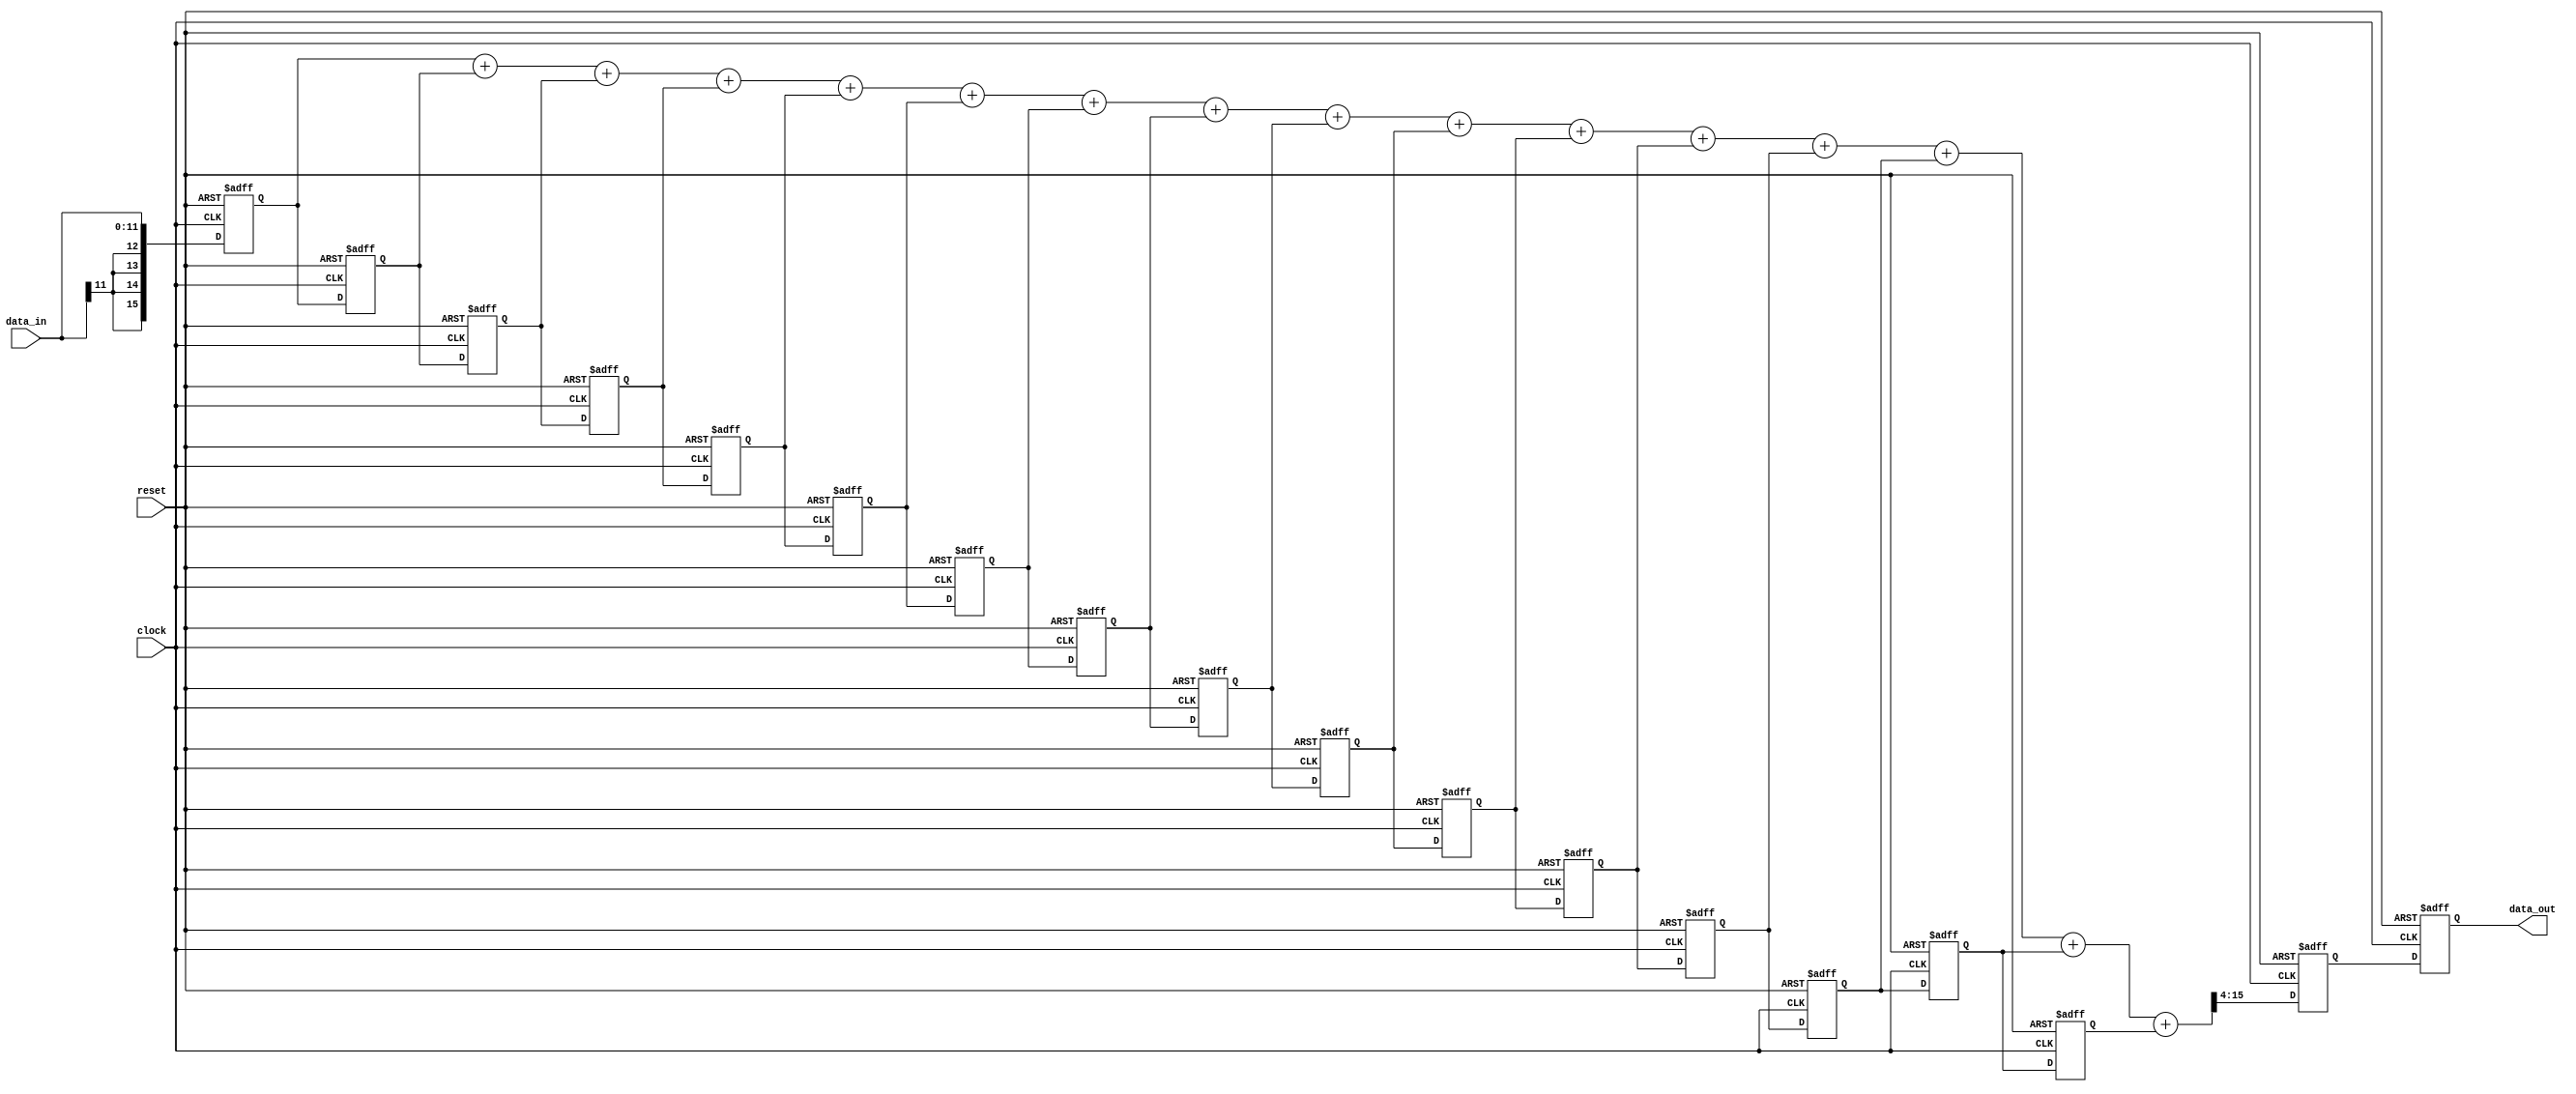
// This program was cloned from: https://github.com/Nitcloud/Digital-IDE
// License: GNU General Public License v3.0

module FIR(clock, reset, data_in, data_out);
   input         clock;
   input         reset;
   input [11:0]  data_in;
   output [11:0] data_out;
   reg [11:0]    data_out;
   
   
   reg [15:0]    d0;
   reg [15:0]    d1;
   reg [15:0]    d2;
   reg [15:0]    d3;
   reg [15:0]    d4;
   reg [15:0]    d5;
   reg [15:0]    d6;
   reg [15:0]    d7;
   reg [15:0]    d8;
   reg [15:0]    d9;
   reg [15:0]    d10;
   reg [15:0]    d11;
   reg [15:0]    d12;
   reg [15:0]    d13;
   reg [15:0]    d14;
   reg [15:0]    d15;
   reg [15:0]    sum;
   
   
   always @(posedge clock or posedge reset)
      if (reset == 1'b1)
      begin
         d0 <= {16{1'b0}};
         d1 <= {16{1'b0}};
         d2 <= {16{1'b0}};
         d3 <= {16{1'b0}};
         d4 <= {16{1'b0}};
         d5 <= {16{1'b0}};
         d6 <= {16{1'b0}};
         d7 <= {16{1'b0}};
         d8 <= {16{1'b0}};
         d9 <= {16{1'b0}};
         d10 <= {16{1'b0}};
         d11 <= {16{1'b0}};
         d12 <= {16{1'b0}};
         d13 <= {16{1'b0}};
         d14 <= {16{1'b0}};
         d15 <= {16{1'b0}};
         sum <= {16{1'b0}};
         data_out <= {12{1'b0}};
      end
      else 
      begin
         d0 <= {data_in[11], data_in[11], data_in[11], data_in[11], data_in};
         d1 <= d0;
         d2 <= d1;
         d3 <= d2;
         d4 <= d3;
         d5 <= d4;
         d6 <= d5;
         d7 <= d6;
         d8 <= d7;
         d9 <= d8;
         d10 <= d9;
         d11 <= d10;
         d12 <= d11;
         d13 <= d12;
         d14 <= d13;
         d15 <= d14;
         sum <= (d0 + d1 + d2 + d3 + d4 + d5 + d6 + d7 + d8 + d9 + d10 + d11 + d12 + d13 + d14 + d15) >> 4;
         data_out <= (sum[11:0]);
      end
   
endmodule